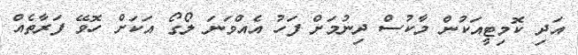
އަދި ކޮމިޓީއަކުން މާކުސް ދިނުމަށް ފަހު އެއްވަނަ ލޯގޯ އަކަށް ހޮވޭ ފަރާތެއް